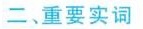
二、重要实词